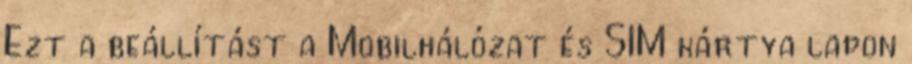
Ezt a beállítást a Mobilhálózat és SIM kártya lapon